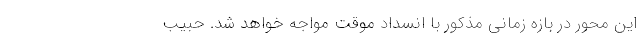
این محور در بازه زمانی مذکور با انسداد موقت مواجه خواهد شد. حبیب